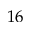
1 6